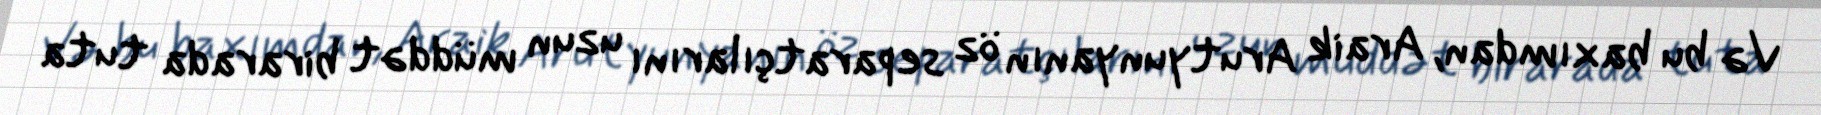
Və bu baxımdan, Araik Arutyunyanın öz separatçılarını uzun müddət birarada tuta